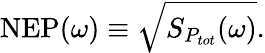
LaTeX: \mathrm{NEP}(\omega)\equiv\sqrt{S_{P_{tot}}(\omega)}.